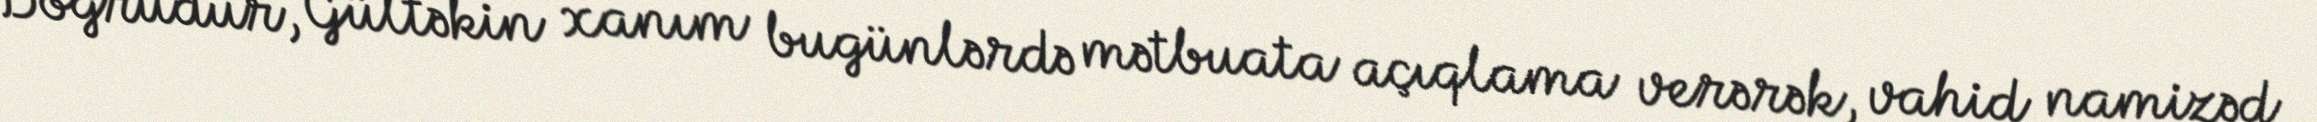
Doğrudur, Gültəkin xanım bugünlərdə mətbuata açıqlama verərək, vahid namizəd